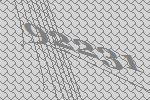
92231